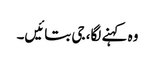
وہ کہنے لگا، جی بتائیں۔